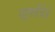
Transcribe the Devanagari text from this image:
राष्ट्रपतींचेचे